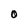
Character: O